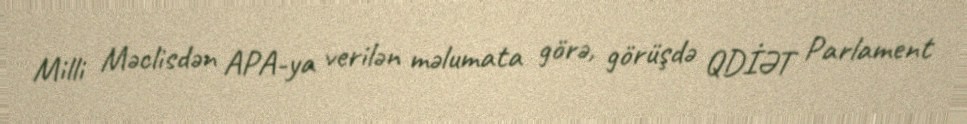
Milli Məclisdən APA-ya verilən məlumata görə, görüşdə QDİƏT Parlament